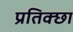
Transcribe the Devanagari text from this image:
प्रतिक्छा